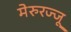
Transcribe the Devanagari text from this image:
मेरुरज्जू